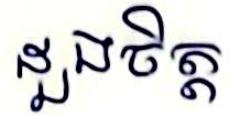
ដួងចិត្ត